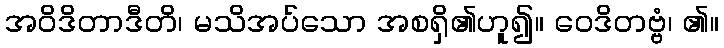
အဝိဒိတာဒီတိ၊ မသိအပ်သော အစရှိ၏ဟူ၍။ ဝေဒိတဗ္ဗံ၊ ၏။